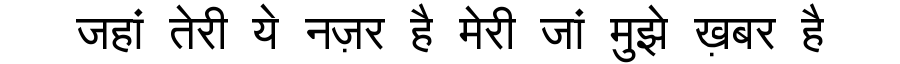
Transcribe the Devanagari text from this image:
जहां तेरी ये नज़र है मेरी जां मुझे ख़बर है